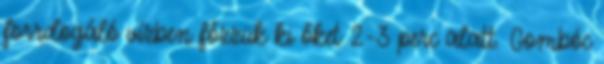
forrdogáló vízben főzzük ki őket 2-3 perc alatt. Gombóc